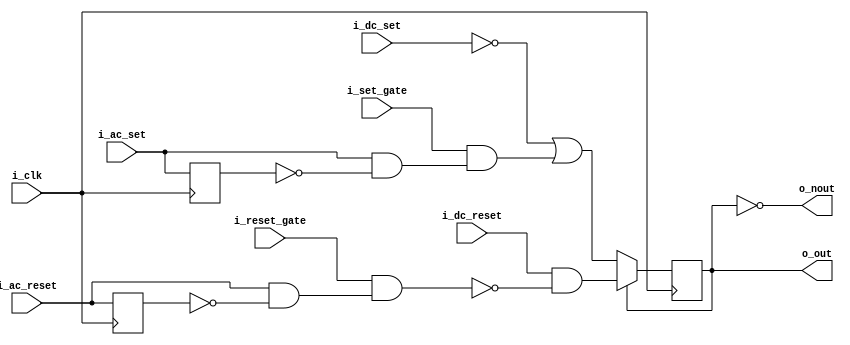
module trigger2(i_clk,
	i_set_gate, i_ac_set, i_dc_set,
	i_reset_gate, i_ac_reset, i_dc_reset,
	o_out, o_nout);

input wire i_clk;
input wire i_set_gate;	// enables ac_set
input wire i_ac_set;	// active if positive pulse
input wire i_dc_set;	// active low
input wire i_reset_gate;	// enables ac_reset
input wire i_ac_reset;	// active if positive pulse
input wire i_dc_reset;	// active low
output wire o_out;	// complementary	("off" output)
output wire o_nout;	// outputs		("on" output)

// adc:
//	set	ac	dc	dc	ac	reset	on	off
//	gate	set	set	reset	reset	gate	output	output
// #1	u	s	p	y	q	r	t	n
// #2	l	k	x	v	d	c	g	w
// #3	b	7	x	3	y	z	g	w
// #4	m	h	b	g	e	f	(extends 3)
//	set_gate	dc_set		ac_reset	nout
//		ac_set		dc_reset	reset_gate	out

assign o_out = state;
assign o_nout = ~state;

reg state;
reg last_ac_set;
reg last_ac_reset;
wire ac_set = i_ac_set & ~last_ac_set;
wire ac_reset = i_ac_reset & ~last_ac_reset;

initial begin
	last_ac_set <= 1'b0;
	last_ac_reset <= 1'b0;
//	state <= 1'b0;
end

always @(posedge i_clk) begin
	last_ac_set <= i_ac_set;
	last_ac_reset <= i_ac_reset;
//	if (~i_dc_set & ~i_dc_reset) begin end else
	if (state) begin
		state <= i_dc_reset & ~(i_reset_gate & ac_reset);
	end else begin
		state <= ~i_dc_set | i_set_gate & ac_set;
	end
end

endmodule